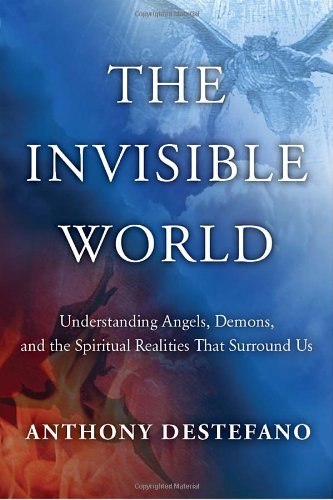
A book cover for The Invisible World: Understanding Angels, Demons, and the Spiritual Realities That Surround Us; Anthony DeStefano; Religion & Spirituality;